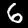
Digit: 6